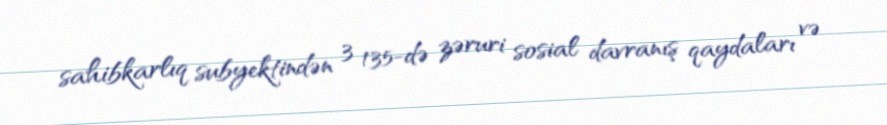
sahibkarlıq subyektindən 3 135-də zəruri sosial davranış qaydaları və